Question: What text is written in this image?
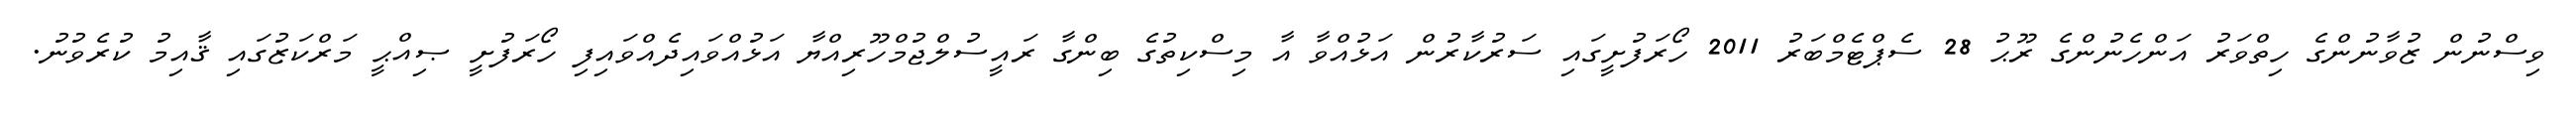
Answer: ވިސްނުން ޒުވާނުންގެ ހިތްވަރު އަންހެނުންގެ ރޫޙު 28 ސެޕްޓެމްބަރު 2011 ހޯރަފުށީގައި ސަރުކާރުން އަޅުއްވާ އާ މިސްކިތުގެ ބިންގާ ރައީސުލްޖުމްހޫރިއްޔާ އަޅުއްވައިދެއްވައިފި ހޯރަފުށީ ޞިއްޙީ މަރްކަޒުގައި ޤާއިމު ކުރެވުނު.